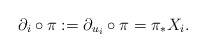
\begin{align*} \partial_i\circ\pi:=\partial_{u_i}\circ\pi=\pi_{*}X_i.\end{align*}